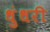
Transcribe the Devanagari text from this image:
धुंधरी